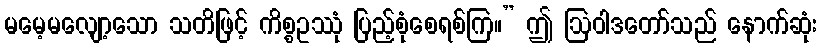
မမေ့မလျော့သော သတိဖြင့် ကိစ္စဥဿုံ ပြည့်စုံစေရစ်ကြ။” ဤ ဩဝါဒတော်သည် နောက်ဆုံး